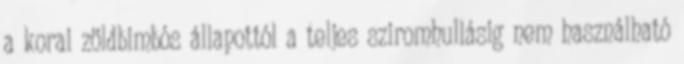
a korai zöldbimbós állapottól a teljes sziromhullásig nem használható